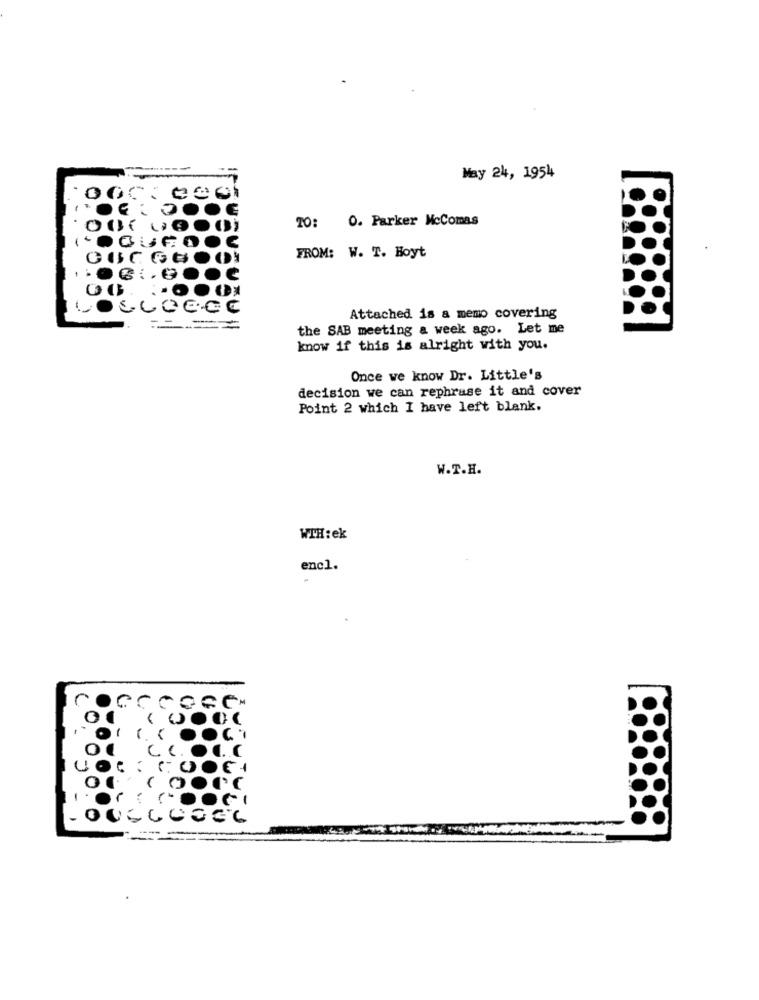
May 24, 1954
10: 0. Parker McComas
FROM: W. T. Hoyt
CC
Attached is a memo covering
=====
the SAB meeting a week ago. Let me
know if this is alright with you.
Once we know Dr. Little's
decision we can rephrase it and cover
Point 2 which I have left blank.
W.T.H.
WTH: ek
encl.